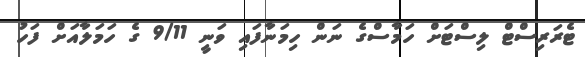
ޓެރަރިސްޓް ލިސްޓަށް ހަމާސްގެ ނަން ހިމަނާފައި ވަނީ 9/11 ގެ ހަމަލާއަށް ފަހު